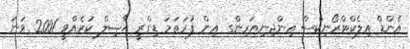
އެންޑް އިލެކްޓްރޯނިކްސް އިންޖިނިއަރިންގ އިން ފުރަތަމަ ޑިގްރީ ޙާޞިލް ކުރެއްވީ 2001 ވަނަ